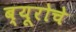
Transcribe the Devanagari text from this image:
ब्यूरोचे